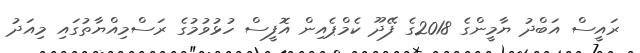
ރައީސް އަބްދު ޔާމީންގެ 2018ގެ ފޭދޫ ކެމްޕެއިން އޮފީސް ހުޅުވުމުގެ ރަސްމިއްޔާތުގައި މިއަދު